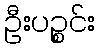
ဦးပဉ္စင်း